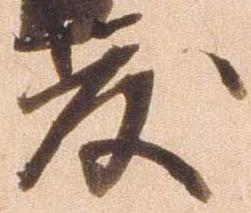
度